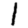
Digit: 1